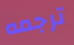
ترجمه